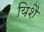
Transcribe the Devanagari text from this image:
यिशै